画像に写った文字を読んでください
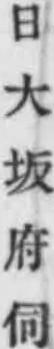
「日大坂府伺」と書いてあります